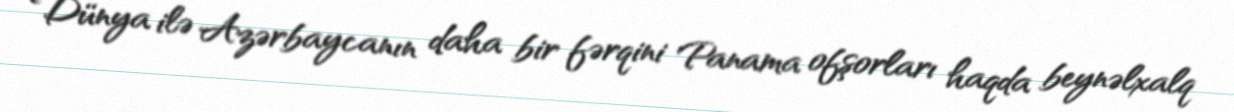
Dünya ilə Azərbaycanın daha bir fərqini Panama ofşorları haqda beynəlxalq